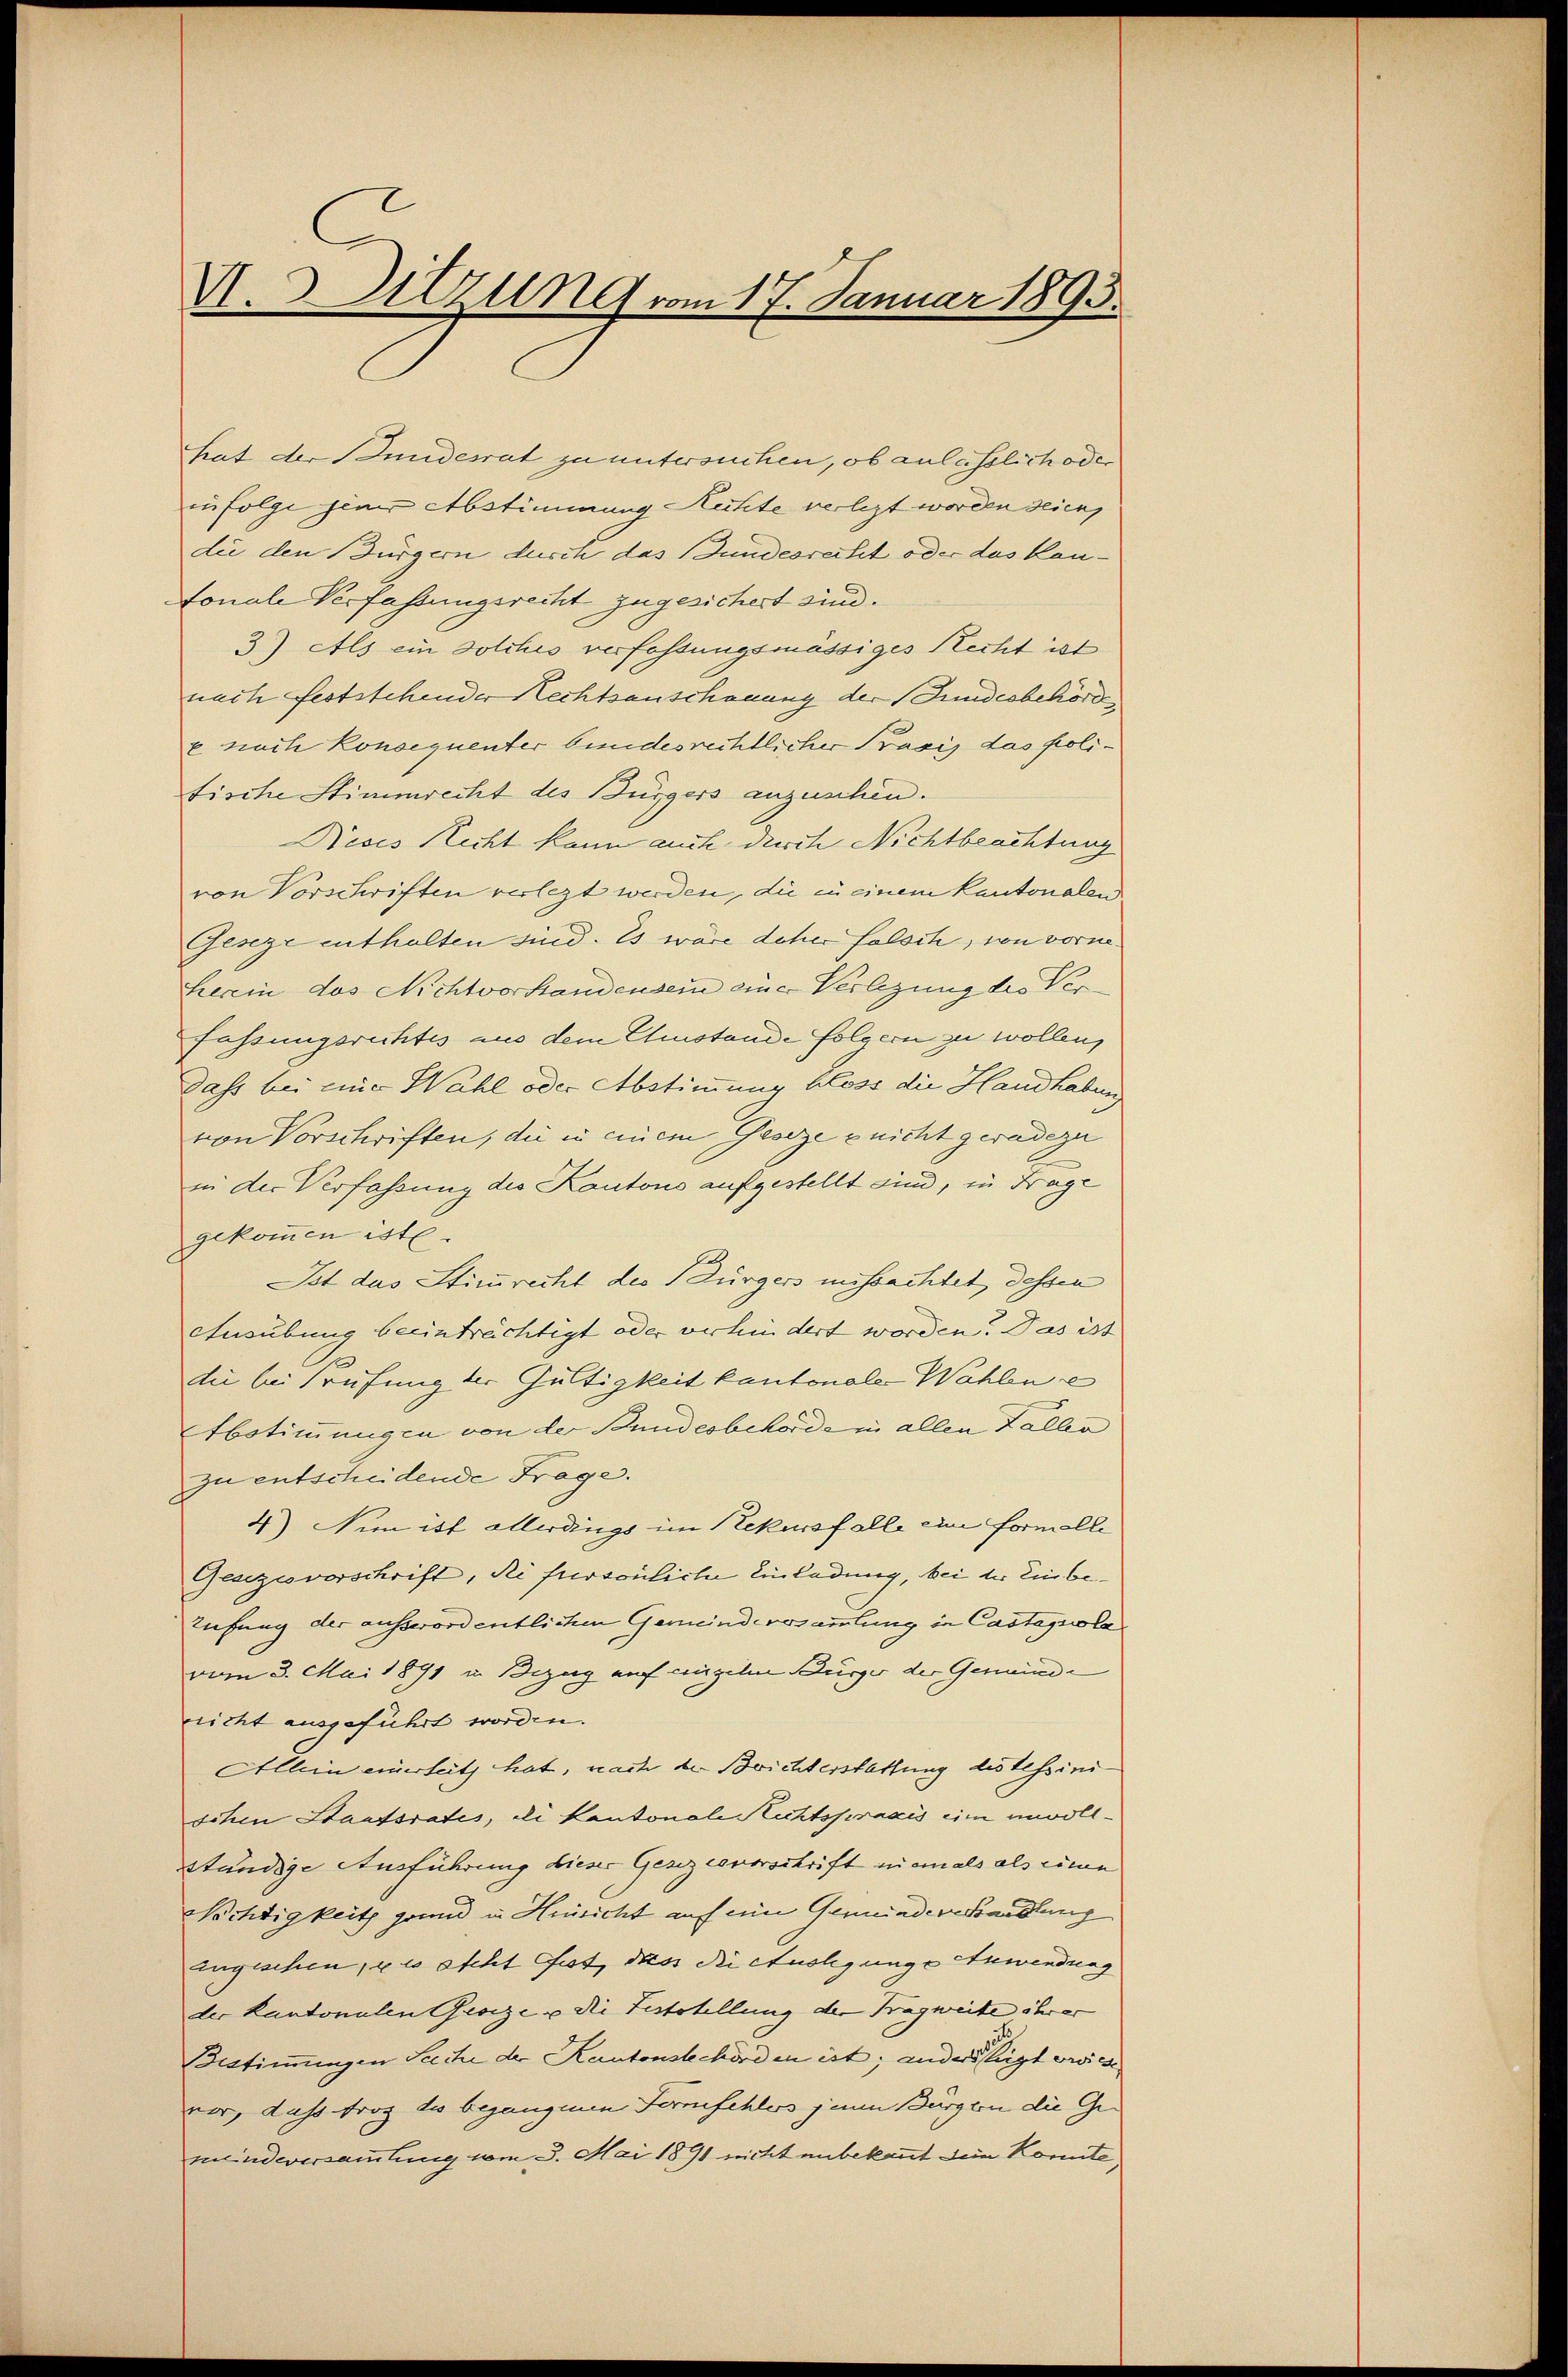
V.3 Sitzung vom 17. Januar 1893.

hat der Bundesrat zu untersuchen, ob anlässlich oder
infolge jener Abstimmung Rechte verlegt worden seien,
die den Bürgern durch das Bundesrecht oder das Kan-
fonale Verfassungsrecht zugesichert sind.
3) Als ein solches verfassungsmässiges Recht ist
nach feststehender Rechtsanschauung der Fundesbehörd
e noch Konsequenter bundesrechtlicher Praxis das polifische Stimmrecht des Bürgers anzuschen.
Nices Nicht kann auch durch Nichtbeachtung
von Vorschriften verlegt werden, die in einem Kantonalen
Geseze enthalten sind. Es wäre daher falsch, von vorne
herein des Nichtvorhandensein eine Verlegung des Verfassungsrechtes aus dem Umstände folgern zu wollen,
Dass bei einer Wahl oder Abstimmung bloss die Handhaben
von Vorschriften, die in einem Geseze e nicht geradezu
in der Verfassung des Kantons aufgestellt sind, in Frage
gekommen ist.
Ist das Stimmrecht des Bürgers missachtet, dessen
Ausübung beeinträchtigt oder verhindert worden. Das ist
die bei Prüfung der Gültigkeit kantonale Wahlen e
Abstimmungen von der Bundesbehörde in allen Faller
zu entscheidende Frage.
4) Nimm ist allerdings im Rekursfalle eine formelle
Gesezesvorschrift, di fursönliche Einladung, bei der Einbe¬
Tufung der ausserordentlichen Gemeindersammlung in Castapola
vom 3. Mai 1891 in Bezug auf einzelm Bürger der Gemeinde
nicht ausgeführt worden.
Allein einerseits hat, nach der Brichterstattung des Tessini
schen Staatsrates, die Kantonale Richtspraxis eine unvollständige Ausführung dieser Gesezesvorschrift niemals als einen
Nichtigkeit grund in Hinsicht auf eine Gemeindere handlung
Engeschen, so steht ist, dass die Auslegunge Anwendung
der Kantonalen Geseze u die Feststellung der Tragweite ihrer
Bestimmungen Sache der Kantonstechorden ist; andersteigt wiese
vor, dass Froz des begangen Termischlos zum Bürgen die Gemeindeversammlung vom 3. Mai 1891 nicht unbekannt den konnte,